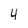
Character: 4